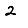
Digit: 2